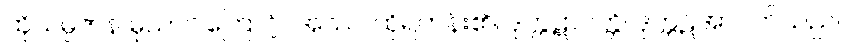
ထိုသမ္ပဇာန မုသာဝါကြောင့်။ အဿ၊ ထိုရဟန်း၏။ ဒုက္ကဋာပတ္တိ၊ ဒုက္ကဋ်အာပတ်သည်။